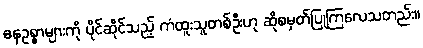
ဓနဥစ္စာများကို ပိုင်ဆိုင်သည့် ကံထူးသူတစ်ဦးဟု ဆိုစမှတ်ပြုကြလေသတည်း။